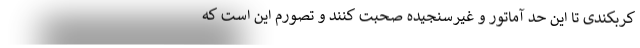
کربکندی تا این حد آماتور و غیرسنجیده صحبت کنند و تصورم این است که